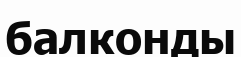
балконды